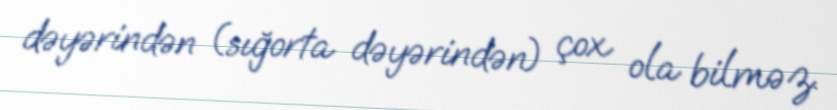
dəyərindən (sığorta dəyərindən) çox ola bilməz.